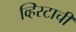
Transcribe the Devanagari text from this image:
व्हिस्टाची